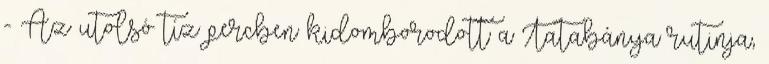
- Az utolsó tíz percben kidomborodott a Tatabánya rutinja,